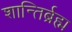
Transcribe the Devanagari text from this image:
शान्तिर्ब्रह्म